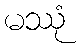
မဿုံ